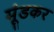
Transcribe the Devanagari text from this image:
मूंडकर